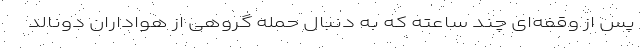
پس از وقفه‌ای چند ساعته که به دنبال حمله گروهی از هواداران دونالد